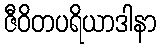
ဇီဝိတပရိယာဒါနာ